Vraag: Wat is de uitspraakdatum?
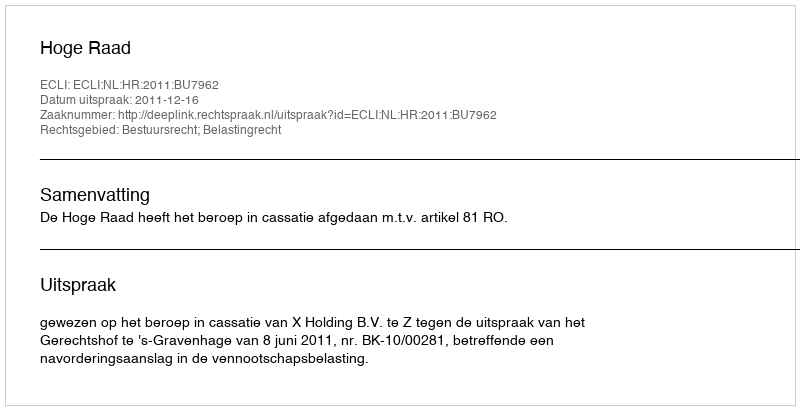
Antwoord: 2011-12-16